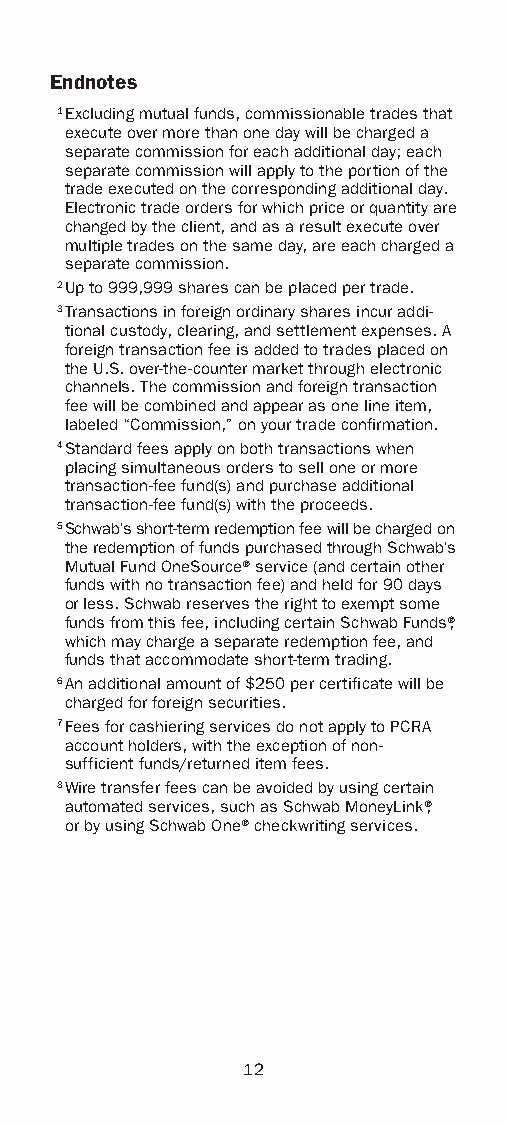
Endnotes
 1 Excluding mutual funds, commissionable trades that
 execute over more than one day will be charged a
 separate commission for each additional day; each
 separate commission will apply to the portion of the
 trade executed on the corresponding additional day.
 Electronic trade orders for which price or quantity are
 changed by the client, and as a result execute over
 multiple trades on the same day, are each charged a
 separate commission.
 2 Up to 999,999 shares can be placed per trade.
 3 Transactions in foreign ordinary shares incur addi-
 tional custody, clearing, and settlement expenses. A
 foreign transaction fee is added to trades placed on
 the U.S. over-the-counter market through electronic
 channels. The commission and foreign transaction
 fee will be combined and appear as one line item,
 labeled “Commission,” on your trade confirmation.
 4 Standard fees apply on both transactions when
 placing simultaneous orders to sell one or more
 transaction-fee fund(s) and purchase additional
 transaction-fee fund(s) with the proceeds.
 5 Schwab’s short-term redemption fee will be charged on
 the redemption of funds purchased through Schwab’s
 Mutual Fund OneSource® service (and certain other
 funds with no transaction fee) and held for 90 days
 or less. Schwab reserves the right to exempt some
 funds from this fee, including certain Schwab Funds®,
 which may charge a separate redemption fee, and
 funds that accommodate short-term trading.
 6 An additional amount of $250 per certificate will be
 charged for foreign securities.
 7 Fees for cashiering services do not apply to PCRA
 account holders, with the exception of non-
 sufficient funds/returned item fees.
 8 Wire transfer fees can be avoided by using certain
 automated services, such as Schwab MoneyLink®,
 or by using Schwab One® checkwriting services.
 12